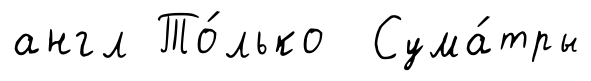
англ То́лько Сума́тры